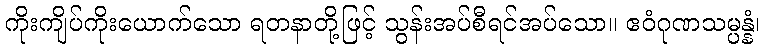
ကိုးကျိပ်ကိုးယောက်သော ရတနာတို့ဖြင့် သွန်းအပ်စီရင်အပ်သော။ ဧဝံဂုဏသမ္ပန္နံ၊